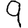
Digit: 9